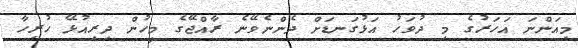
މިއަންނަ އަހަރުގެ މި ދުވަހު އަޅުގަނޑަށް ދެންނެވޭނެ ރާއްޖޭގެ މީހުން ދިރިއުޅޭ ހުރިހާ